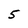
Character: 5